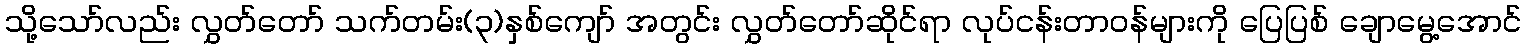
သို့သော်လည်း လွှတ်တော် သက်တမ်း(၃)နှစ်ကျော် အတွင်း လွှတ်တော်ဆိုင်ရာ လုပ်ငန်းတာဝန်များကို ပြေပြစ် ချောမွေ့အောင်